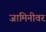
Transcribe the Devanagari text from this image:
जामिनीवर